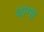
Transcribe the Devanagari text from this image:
थाग्स